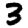
Digit: 3